Report of the Hyderabad Chloroform Commission
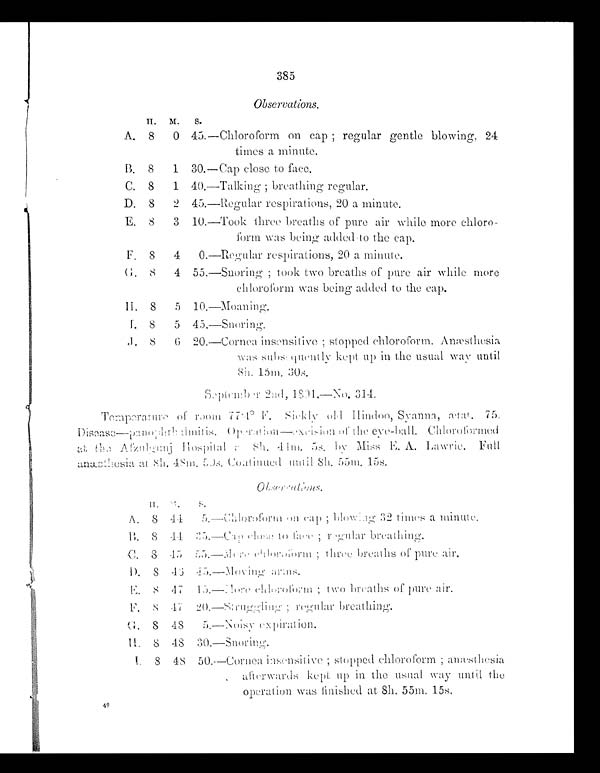
385
Observations.
H.
M.
S.
A. 8
0 45.—Chloroform on cap ; regular gentle blowing, 24
times a minute.
B. 8
1 30.—Cap close to face.
C. 8
1 40.—Talking ; breathing regular.
D. 8
2 45.—Regular respirations, 20 a minute.
E. 8
3 10.—Took three breaths of pure air while more chloro--
form was being added to the cap.
F. 8
4
0.—Regular respirations, 20 a minute.
G. 8 4 55.—Snoring ; took two breaths of pure air while more
chloroform was being added to the cap.
H. 8
5 10.—Moaning.
1. 8
5 45.—Snoring.
J. 8 6 20.—Cornea insensitive ; stopped chloroform. Anæsthesia
was subs quently kept up in the usual way until
8 h .
. 1 5 m . 3 0 s .
S e p t e m b e r 2 n d 1 8 3 1 . — N o . 3 1 4 .
Temperature of room 77.4° F Sickly old Hindoo Syanna, ætat. 75.
Disease—panophtbalmitis Operation.—excision of the eye-ball.
Chloroformed at the Afzulgumj Hospital a 8h. 44m. 5s. by Miss E. A. Lawrie. Full
anæsthesia at 8h. 48m. 50s. Continued until 8h. 55m. 15s.
Obervations.
H. M. S.
A. 8 44 5.—Chloroform on cap ; blowing 32 times a minute
.
B. 8 44 35. cap close to face; regulart breathing.
C. 8 45 55—More chloroform; three breaths of pure air.
D.8 4
6 45.—Moving arms.
E. 8 47 15.—More chloroform; two breaths of pure air
.
F. 8 47 20.—struggling; regular breathing.
G .
8
4 8
5 . — N o i s y e x p i r a t i o n .
H. 8 48 30.—Snoring.
I . 8 4 8 5 0 . — C o r n e a i n s e n s i t i v e ; s t o p p e d c h l o r o f o r m ; a n æ s t h e s i a
a f t e r w a r d s k e p t u p i n t h e u s u a l w a y u n t i l t h e
operation was finished at 8h. 55m. 15s.